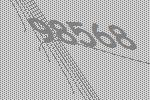
98568